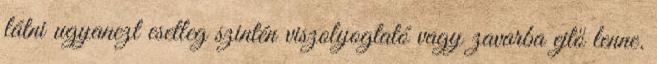
látni ugyanezt esetleg szintén viszolyogtató vagy zavarba ejtő lenne.